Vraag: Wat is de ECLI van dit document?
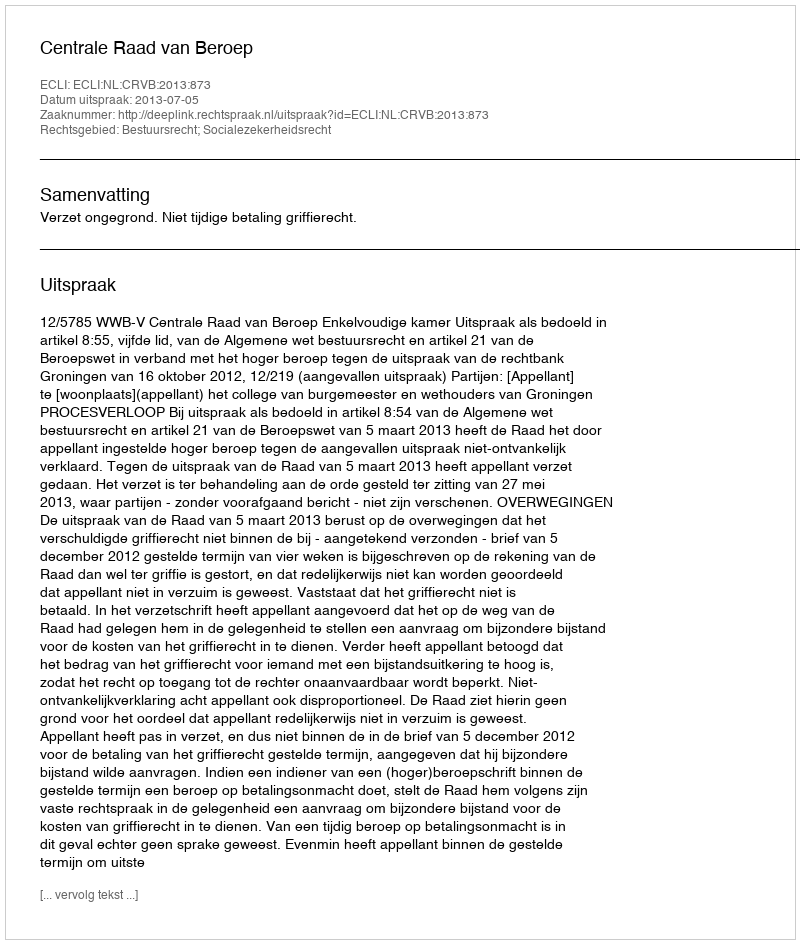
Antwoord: ECLI:NL:CRVB:2013:873